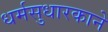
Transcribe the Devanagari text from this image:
धर्मसुधारकाने